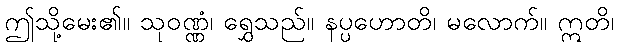
ဤသို့မေး၏။ သုဝဏ္ဏံ၊ ရွှေသည်။ နပ္ပဟောတိ၊ မလောက်။ ဣတိ၊